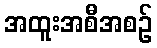
အထူးအစီအစဉ်